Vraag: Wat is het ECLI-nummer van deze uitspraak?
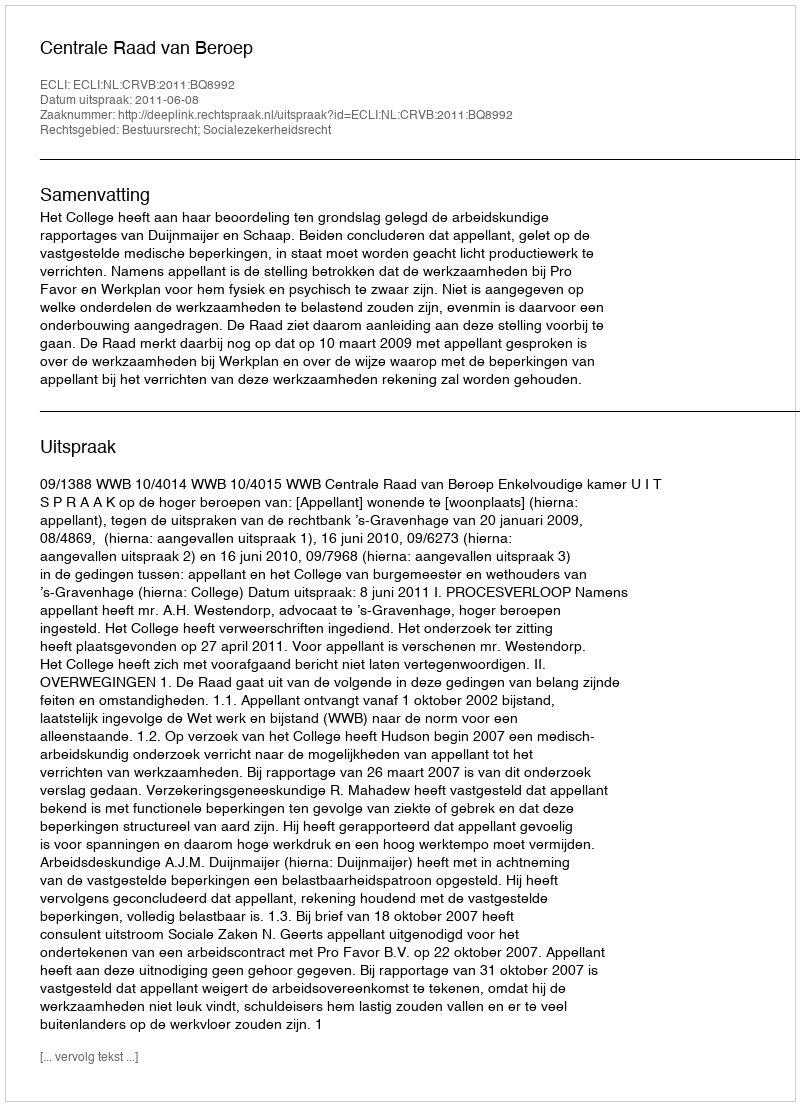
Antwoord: ECLI:NL:CRVB:2011:BQ8992